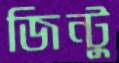
জিন্টু